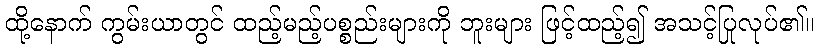
ထို့နောက် ကွမ်းယာတွင် ထည့်မည့်ပစ္စည်းများကို ဘူးများ ဖြင့်ထည့်၍ အသင့်ပြုလုပ်၏။